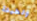
ولطيفة